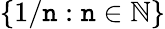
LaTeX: \{ 1/\mathtt{n}:\mathtt{n}\in\mathbb{{N}}\}